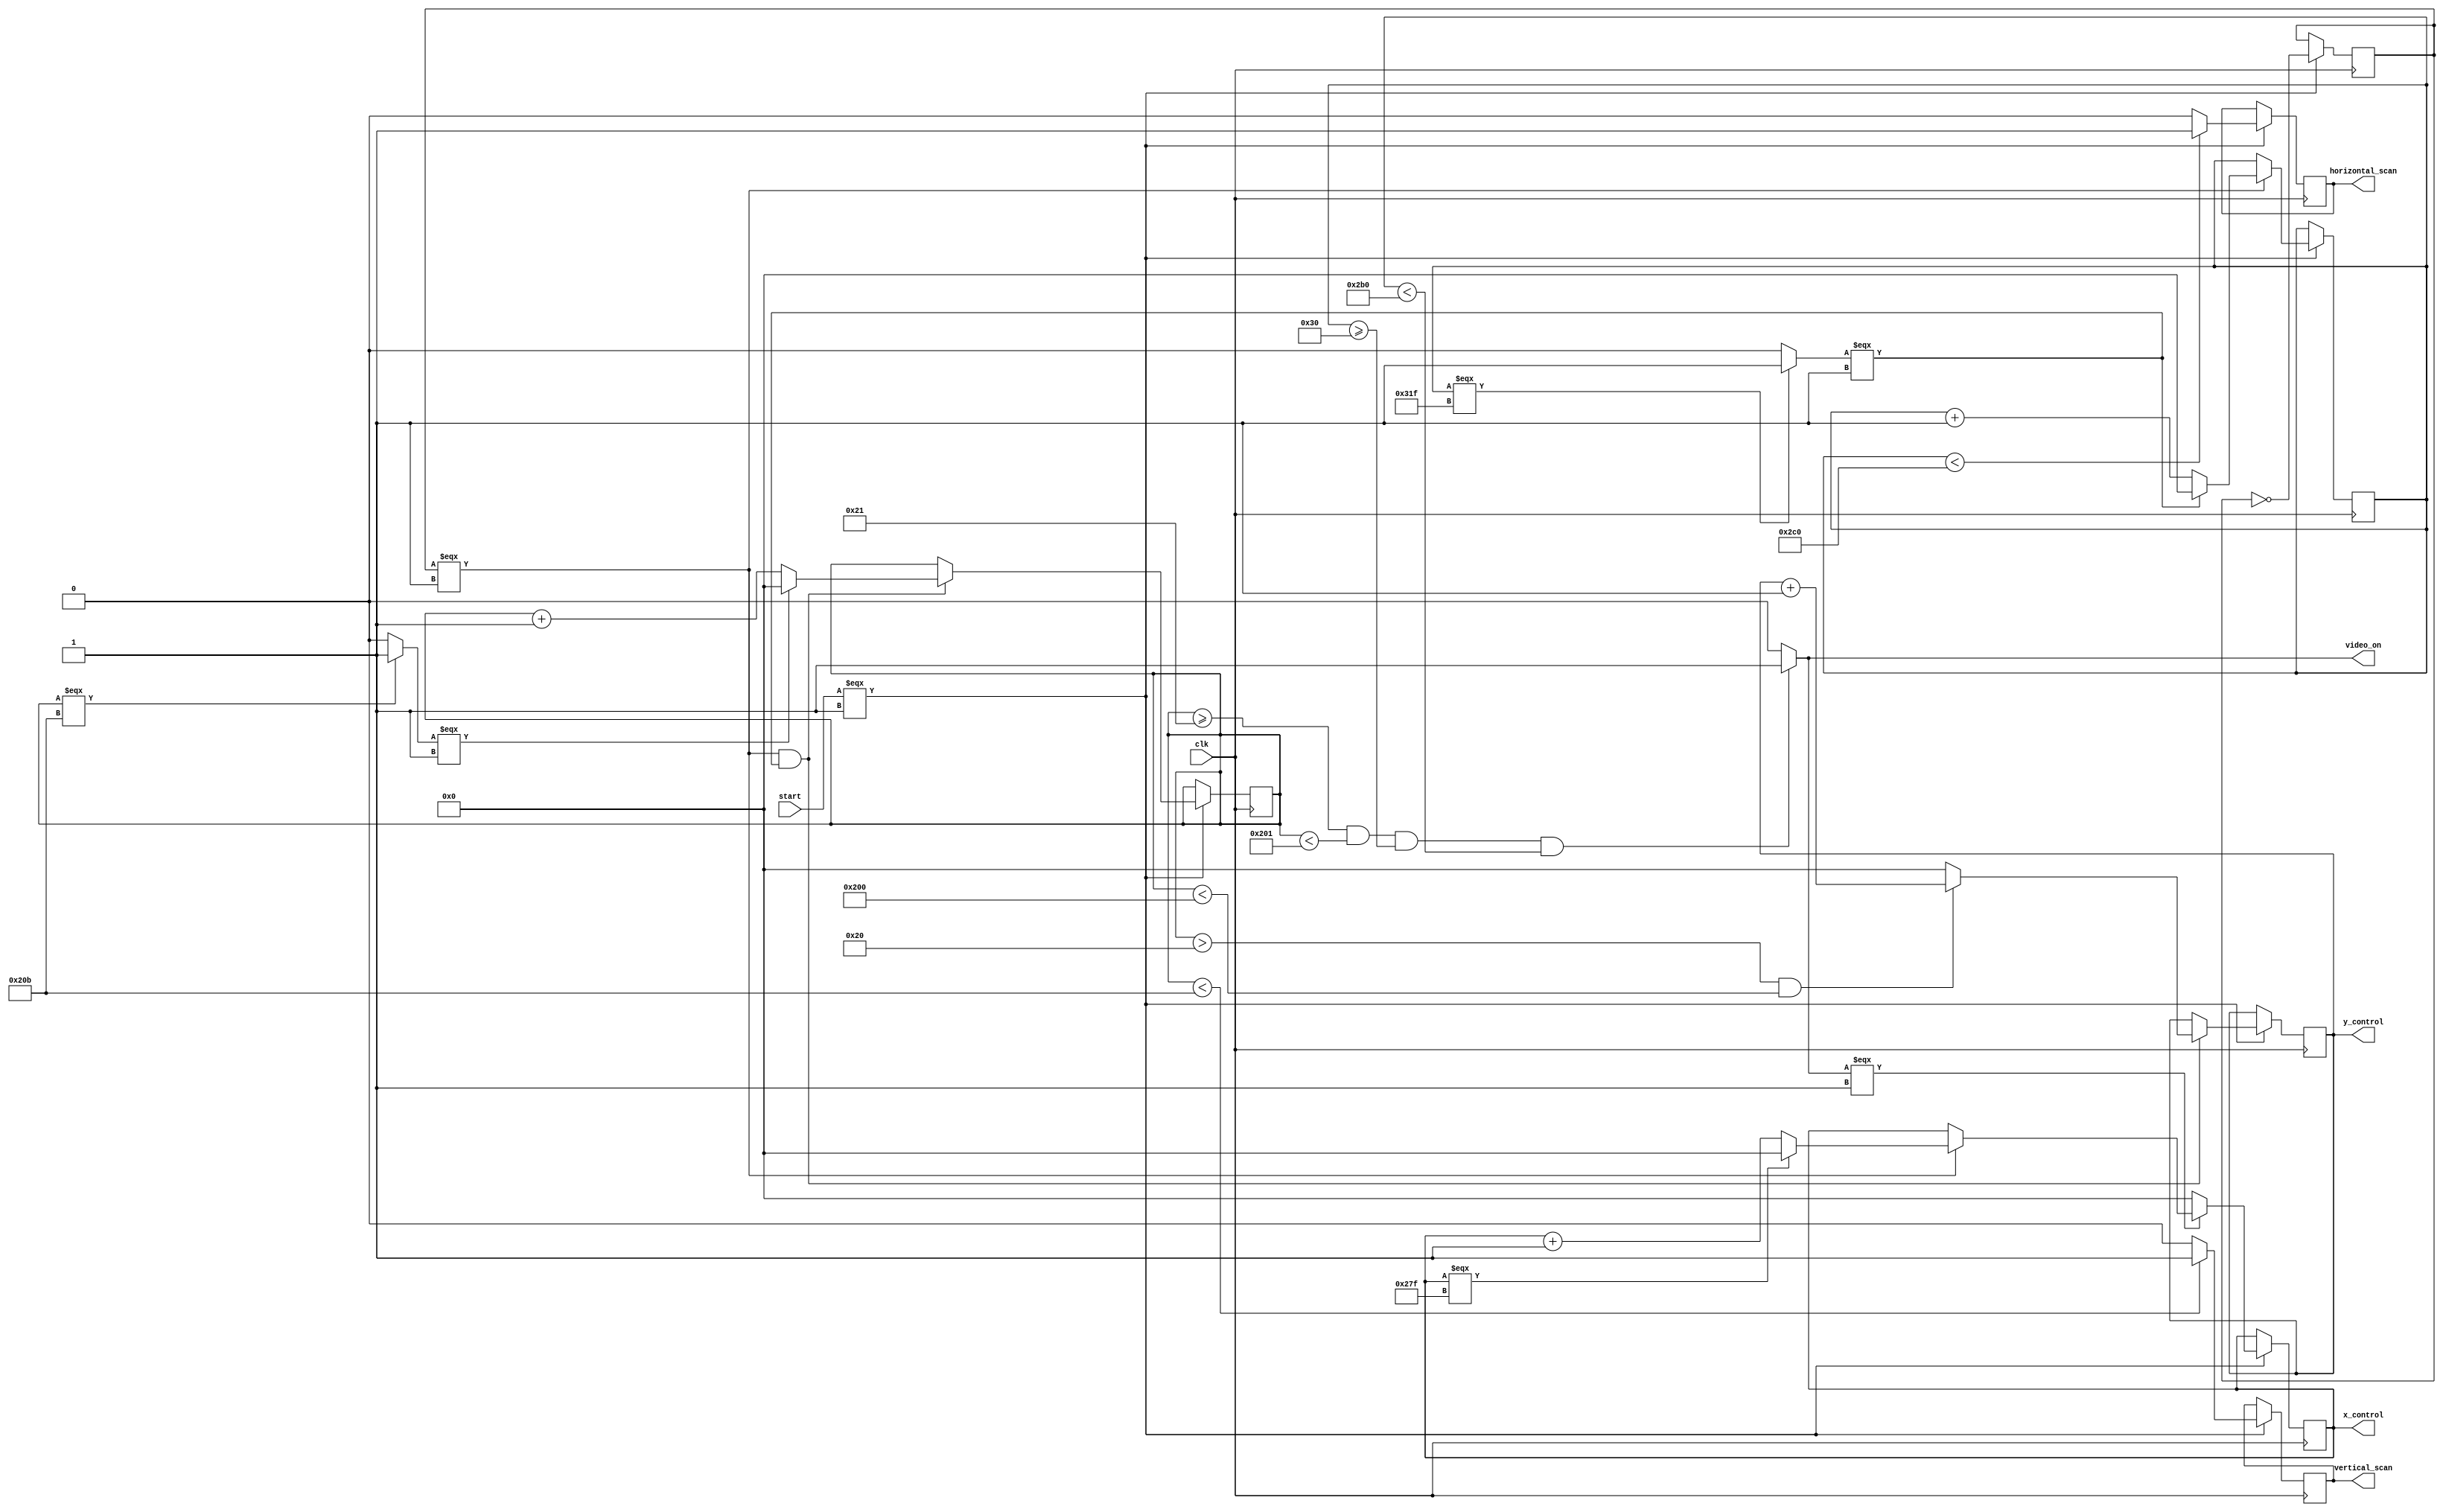
`timescale 1ns / 1ps
//obtained from https://github.com/CynicalApe/BASYS3-PONG/blob/master/sources/new/vga.sv
//his source is translated from VHDL

module vga_sync( input clk,  
                 input start, 
                 output wire [9:0] y_control, 
                 output wire [9:0] x_control, 
                 output wire horizontal_scan, 
                 output wire vertical_scan, 
                 output wire video_on );
   
   
   
   parameter HR = 640; //left to right
   parameter HFP = 16; 
   parameter HBP = 48; 
   parameter HT = 96;
   parameter VR = 480; //top to bottom
   parameter VFP = 10; 
   parameter VBP = 33; 

reg[9:0] counter_h; 
reg[9:0] counter_h_next; 
reg[9:0] counter_v; 

// mod 2 counter
reg[9:0] counter_v_next; 
reg counter_mod2; 

// State signals
reg counter_mod2_next; 
reg horizontal_end; 

// Output Signals(buffer)
reg vertical_end; 
reg horizontal_scanning_buffer; 
reg horizontal_scanning_buffer_next; 
reg vertical_scanning_buffer; 

// pixel cunter
reg vertical_scanning_buffer_next; 
reg[9:0] x_counter; 
reg[9:0] x_counter_next; 
reg[9:0] y_counter; 

// video_on_of
reg[9:0] y_counter_next; 
wire video; 

// clk register

initial
begin: process_0
   vertical_scanning_buffer_next = 1'b 0;   
   vertical_scanning_buffer = 1'b 0;   
   horizontal_scanning_buffer_next = 1'b 0;   
   horizontal_scanning_buffer = 1'b 0;   
   vertical_end = 1'b 0;   
   horizontal_end = 1'b 0;   
   counter_mod2_next = 1'b 0;   
   counter_mod2 = 1'b 0;   
end


always @(posedge clk)
begin : process_1
      if (start === 1'b 1)
         begin
         counter_h <= counter_h_next;   
         counter_v <= counter_v_next;   
         x_counter <= x_counter_next;   
         y_counter <= y_counter_next;   
         horizontal_scanning_buffer <= horizontal_scanning_buffer_next;   
         vertical_scanning_buffer <= vertical_scanning_buffer_next;   
         counter_mod2 <= counter_mod2_next;   
      end
end

	//video on/off
	assign video = counter_v >= VBP & counter_v < VBP + 
          VR & counter_h >= HBP & counter_h < 
          HBP + HR ? 1'b 1 : 
        1'b 0; 
    
    always @( counter_mod2 ) 
    counter_mod2_next = ~counter_mod2; 
    
    // end of Horizontal scanning     
    
    always @( counter_h ) 
    horizontal_end = counter_h === 799 ? 1'b 1 : 
        1'b 0; 
    
    //  end of Vertical scanning   
    
    always @( counter_v ) 
    vertical_end = counter_v === 523 ? 1'b 1 : 
        1'b 0; 
    
    //  Horizontal Counter    
    always @(counter_h or counter_mod2 or horizontal_end)
       begin : process_2
       counter_h_next <= counter_h;   
       if (counter_mod2 === 1'b 1)
          begin
          if (horizontal_end === 1'b 1)
             begin
             counter_h_next <= 0;   
             end
          else
             begin
             counter_h_next <= counter_h + 1;   
             end
          end
       end

always @(counter_v or counter_mod2 or horizontal_end or vertical_end)
   begin : process_3
   counter_v_next <= counter_v;   
   if (counter_mod2 === 1'b 1 & horizontal_end === 1'b 1)
      begin
      if (vertical_end === 1'b 1)
         begin
         counter_v_next <= 0;   
         end
      else
         begin
         counter_v_next <= counter_v + 1;   
         end
      end
   end


always @(x_counter or counter_mod2 or horizontal_end or video)
   begin : process_4
   x_counter_next <= x_counter;   
   if (video === 1'b 1)
      begin
      if (counter_mod2 === 1'b 1)
         begin
         if (x_counter === 639)
            begin
            x_counter_next <= 0;   
            end
         else
            begin
            x_counter_next <= x_counter + 1;   
            end
         end
      end
   else
      begin
      x_counter_next <= 0;   
      end
   end

always @(y_counter or counter_mod2 or horizontal_end or counter_v)
   begin : process_5
   y_counter_next <= y_counter;   
   if (counter_mod2 === 1'b 1 & horizontal_end === 1'b 1)
      begin
      if (counter_v > 32 & counter_v < 512)
         begin
         y_counter_next <= y_counter + 1;   
         end
      else
         begin
         y_counter_next <= 0;   
         end
      end
   end

// buffer
// (HBP+HR+HFP)
always @( counter_h ) 
horizontal_scanning_buffer_next = counter_h < 704 ? 1'b 1 : 
	1'b 0; 

// (VBP+VR+VFP)
always @( counter_v ) 
vertical_scanning_buffer_next = counter_v < 523 ? 1'b 1 : 
	1'b 0; 
 
// outputs
assign y_control = y_counter; 
assign x_control = x_counter; 
assign horizontal_scan = horizontal_scanning_buffer; 
assign vertical_scan = vertical_scanning_buffer; 
assign video_on = video; 

endmodule